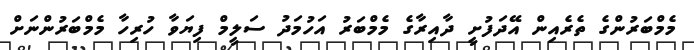
މެމްބަރުންގެ ތެރެއިން އޭދަފުށީ ދާއިރާގެ މެމްބަރު އަހުމަދު ސަލީމް ފިޔަވާ ހުރިހާ މެމްބަރުންނަށް